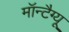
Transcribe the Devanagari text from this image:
मॉन्टैग्यू